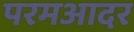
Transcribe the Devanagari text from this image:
परमआदर